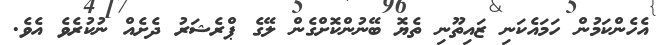
އެހެންކަމުން ހަމައެކަނި ޒައިތޫނި ތެޔޮ ބޭނުންކޮށްގެން ލޭގެ ޕްރެޝަރު ދެށެއް ނުކުރެވެ އެވެ.